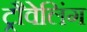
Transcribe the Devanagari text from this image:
ट्रौवेलिंग